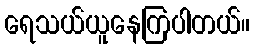
ရေသယ်ယူနေကြပါတယ်။